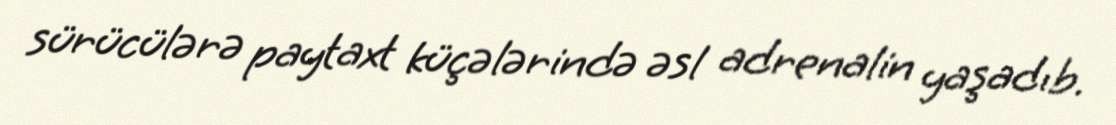
sürücülərə paytaxt küçələrində əsl adrenalin yaşadıb.